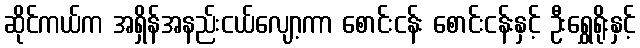
ဆိုင်ကယ်က အရှိန်အနည်းငယ်လျော့ကာ စောင်းငန်း စောင်းငန်းနှင့် ဦးရွှေရိုးနှင့်